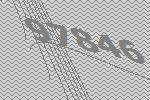
97846